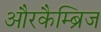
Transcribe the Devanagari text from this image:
औरकैम्ब्रिज